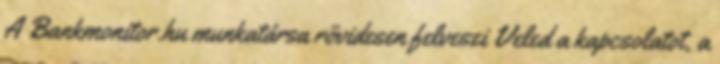
A Bankmonitor.hu munkatársa rövidesen felveszi Veled a kapcsolatot, a